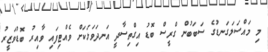
މި މައްސަލަގަނޑުގެ ސަބަބުން ގްރީސް ބޮޑު އިގްތިސާދީ އަނދަވަޅަކަށް ވެއްޓިފައި ވާއިރު ބޮޑުވަޒީރު